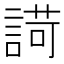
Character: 𧪆